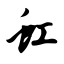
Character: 虹